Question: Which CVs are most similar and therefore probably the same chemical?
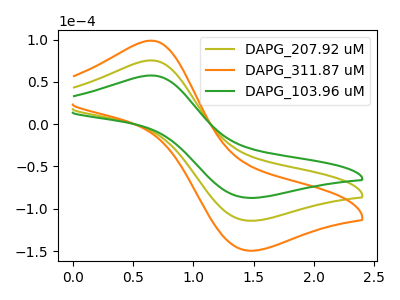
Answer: <think>The olive curve "DAPG_207.92 uM" has an anodic peak at (0.65V, 75.30uA) and a cathodic peak at (1.45V, -114.10uA). The orange curve "DAPG_311.87 uM" has an anodic peak at (0.65V, 150.65uA) and a cathodic peak at (1.45V, -228.15uA). The green curve "DAPG_103.96 uM" has an anodic peak at (0.65V, 57.50uA) and a cathodic peak at (1.45V, -87.10uA).
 All the peaks in "DAPG_207.92 uM" have a peak in "DAPG_311.87 uM" at the same potential. Every peak in "DAPG_207.92 uM" is lower than every peak in "DAPG_311.87 uM". All the peaks in "DAPG_207.92 uM" have a peak in "DAPG_103.96 uM" at the same potential. Every peak in "DAPG_207.92 uM" is higher than every peak in "DAPG_103.96 uM". All the peaks in "DAPG_311.87 uM" have a peak in "DAPG_103.96 uM" at the same potential. Every peak in "DAPG_311.87 uM" is higher than every peak in "DAPG_103.96 uM".</think>
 <answer>"DAPG_103.96 uM", "DAPG_207.92 uM" and "DAPG_311.87 uM" have the same shape and are likely CV's of the same chemical.</answer>
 <eval>"DAPG_103.96 uM" "DAPG_207.92 uM" "DAPG_311.87 uM"</eval>